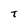
Character: T